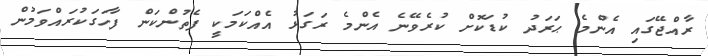
ރާއްޖޭގައި އެންމެ ޙަރަދު ކުޑަކޮށް ކުރެވޭނެ އެންމެ ރަގަޅު އެއްކަމަކީ ފެތުންކަން ފާހަގަކުރައްވަމުން